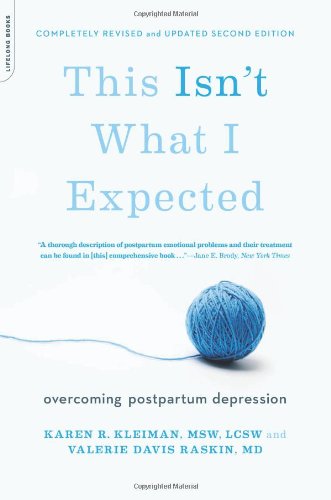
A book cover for This Isn't What I Expected [2nd edition]: Overcoming Postpartum Depression; Karen R. Kleiman; Health, Fitness & Dieting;